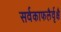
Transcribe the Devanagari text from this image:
सर्वकाफलैर्वृक्षै